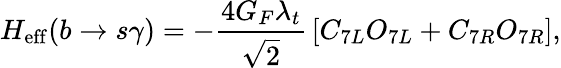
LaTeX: H_{\mathrm{eff}}(b\rightarrow s\gamma)=-{\frac{4G_{F}\lambda_{t}}{\sqrt{2}}}\left[C_{7L}O_{7L}+C_{7R}O_{7R}\right],